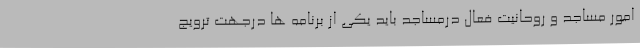
امور مساجد و روحانیت فعال درمساجد باید یکی از برنامه ها درجهت ترویج